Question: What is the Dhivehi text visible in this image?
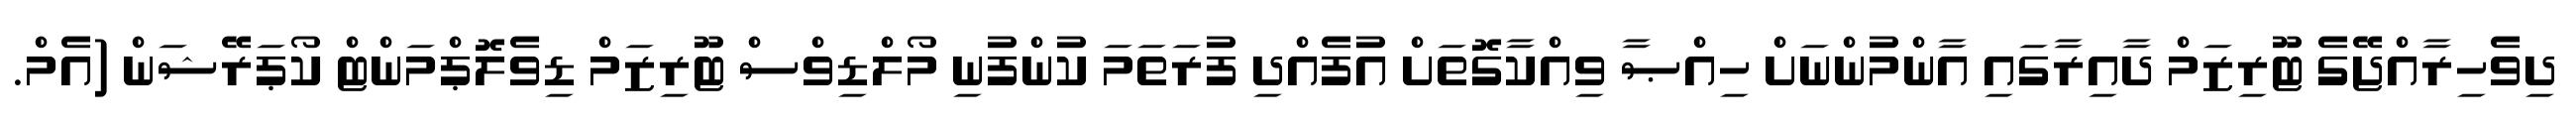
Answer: ދިވެހިރާއްޖޭގެ ޓޫރިޒަމް ދާއިރާގައި އާންމުންނަށް ހިއްޞާ ވިއްކާގޮތަށް އުފެއްދި ފުރަތަމަ ކުންފުނި މޯލްޑިވްސް ޓޫރިޒަމް ޑިވެލޮޕްމަންޓް ކޯޕަރޭޝަން (އެމް.